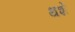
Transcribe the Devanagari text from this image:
थशे